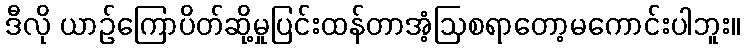
ဒီလို ယာဉ်ကြောပိတ်ဆို့မှုပြင်းထန်တာအံ့ဩစရာတော့မကောင်းပါဘူး။